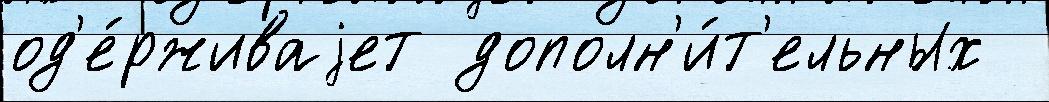
од'е́рживаjет дополн'и́т'ельных